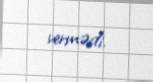
vermədi.